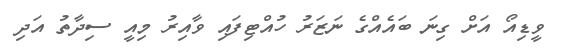
ވީޑިއޯ އަށް ގިނަ ބައެއްގެ ނަޒަރު ހުއްޓިފައި ވާއިރު މިއީ ސިދާތު އަދި